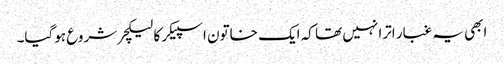
ابھی یہ غبار اترا نہیں تھا کہ ایک خاتون اسپیکر کا لیکچر شروع ہوگیا۔